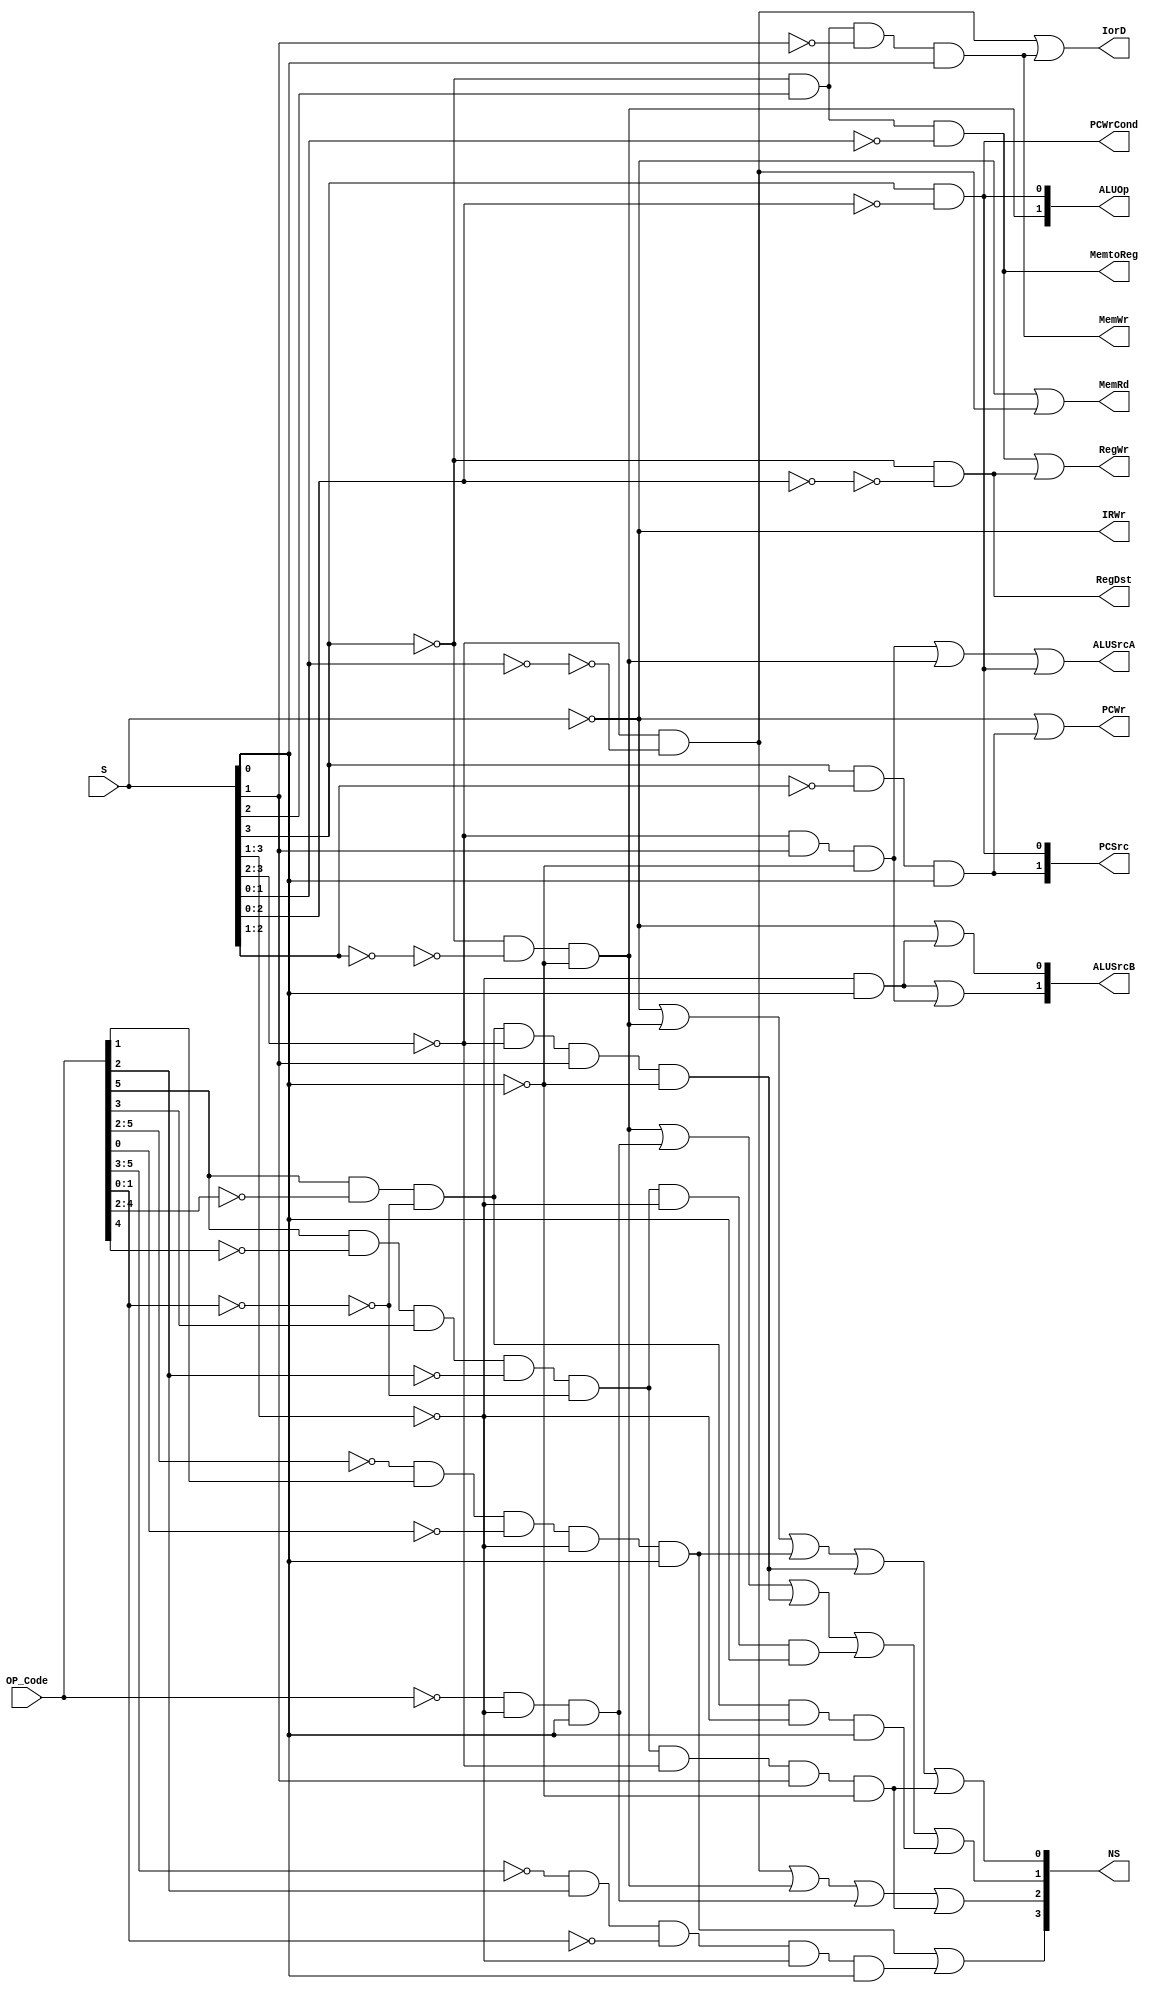
`timescale 1ns/1ps
module MCU (
    input [5:0] OP_Code,
    input [3:0] S,
    output PCWr,
    output PCWrCond,
    output IorD,
    output MemRd,
    output MemWr,
    output IRWr,
    output MemtoReg,
    output [1:0] PCSrc,
    output [1:0] ALUOp,
    output [1:0] ALUSrcB,
    output ALUSrcA,
    output RegWr,
    output RegDst,
    output [3:0] NS
);
    wire [16:0] Status;
    assign Status[16] = !S;
    assign Status[15] = !S[3:1] & S[0];
    assign Status[14] = !S[3:2] & S[1] & !S[0];
    assign Status[13] = !S[3:2] & !(~S[1:0]);
    assign Status[12] = !S[3] & !(~S[2]) & !S[1:0];
    assign Status[11] = !S[3] & S[2] & !S[1] & S[0];
    assign Status[10] = !S[3] & !(~S[2:1]) & !S[0];
    assign Status[9] = !S[3] & !(~S[2:0]);
    assign Status[8] = S[3] & !S[2:0];
    assign Status[7] = S[3] & !S[2:1] & S[0];
    assign Status[6] = !OP_Code[5:2] & OP_Code[1] &!OP_Code[0] & !S[3:1] & S[0];
    assign Status[5] = !OP_Code[5:3] & OP_Code[2] & !OP_Code[1:0] & !S[3:1] & S[0];
    assign Status[4] = !OP_Code & !S[3:1] & S[0];
    assign Status[3] = OP_Code[5] & !OP_Code[4:2] & !(~OP_Code[1:0]) & !S[3:2] & S[1] & !S[0];
    assign Status[2] = OP_Code[5] & !OP_Code[4] & OP_Code[3] & !OP_Code[2] & !(~OP_Code[1:0]) & !S[3:1] & S[0];
    assign Status[1] = OP_Code[5] & !OP_Code[4:2] & !(~OP_Code[1:0]) & !S[3:1] & S[0];
    assign Status[0] = OP_Code[5] & !OP_Code[4] & OP_Code[3] & !OP_Code[2] & !(~OP_Code[1:0]) & !S[3:2] & S[1] & !S[0];

    assign PCWr = Status[16] | Status[7];
    assign PCWrCond = Status[8];
    assign IorD = Status[13] | Status[11];
    assign MemRd = Status[16] | Status[13];
    assign MemWr = Status[11];
    assign IRWr = Status[16];
    assign MemtoReg = Status[12];
    assign PCSrc[1] = Status[7];
    assign PCSrc[0] = Status[8];
    assign ALUOp[1] = Status[10];
    assign ALUOp[0] = Status[8];
    assign ALUSrcB[1] = Status[15] | Status[14];
    assign ALUSrcB[0] = Status[16] | Status[15];
    assign ALUSrcA = Status[14] | Status[10] | Status[8];
    assign RegWr = Status[12] | Status[9];
    assign RegDst = Status[9];
    assign NS[3] = Status[6] | Status[5];
    assign NS[2] = Status[13] | Status[10] | Status[4] | Status[0];
    assign NS[1] = Status[10] | Status[4] | Status[3] | Status[2] | Status[1] ;
    assign NS[0] = Status[16] | Status[10] | Status[6] | Status[3] | Status[0];
    
endmodule